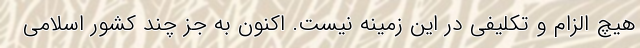
هیچ الزام و تکلیفی در این زمینه نیست. اکنون به جز چند کشور اسلامی